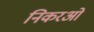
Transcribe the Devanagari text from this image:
निकरओ